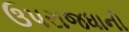
ઉપરાજધાની